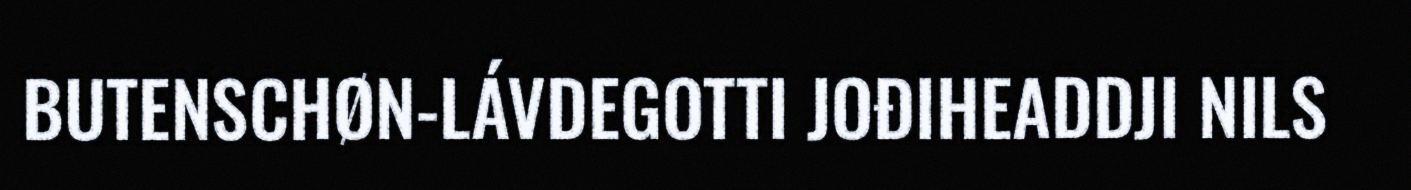
BUTENSCHØN-LÁVDEGOTTI JOĐIHEADDJI NILS